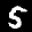
Label: 5